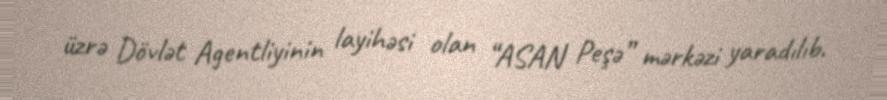
üzrə Dövlət Agentliyinin layihəsi olan “ASAN Peşə” mərkəzi yaradılıb.